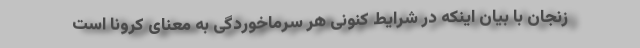
زنجان با بیان اینکه در شرایط کنونی هر سرماخوردگی به معنای کرونا است